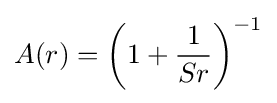
A(r)=\left(1+{\frac {1}{Sr}}\right)^{-1}